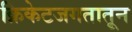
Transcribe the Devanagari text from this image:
क्रिकेटजगतातून